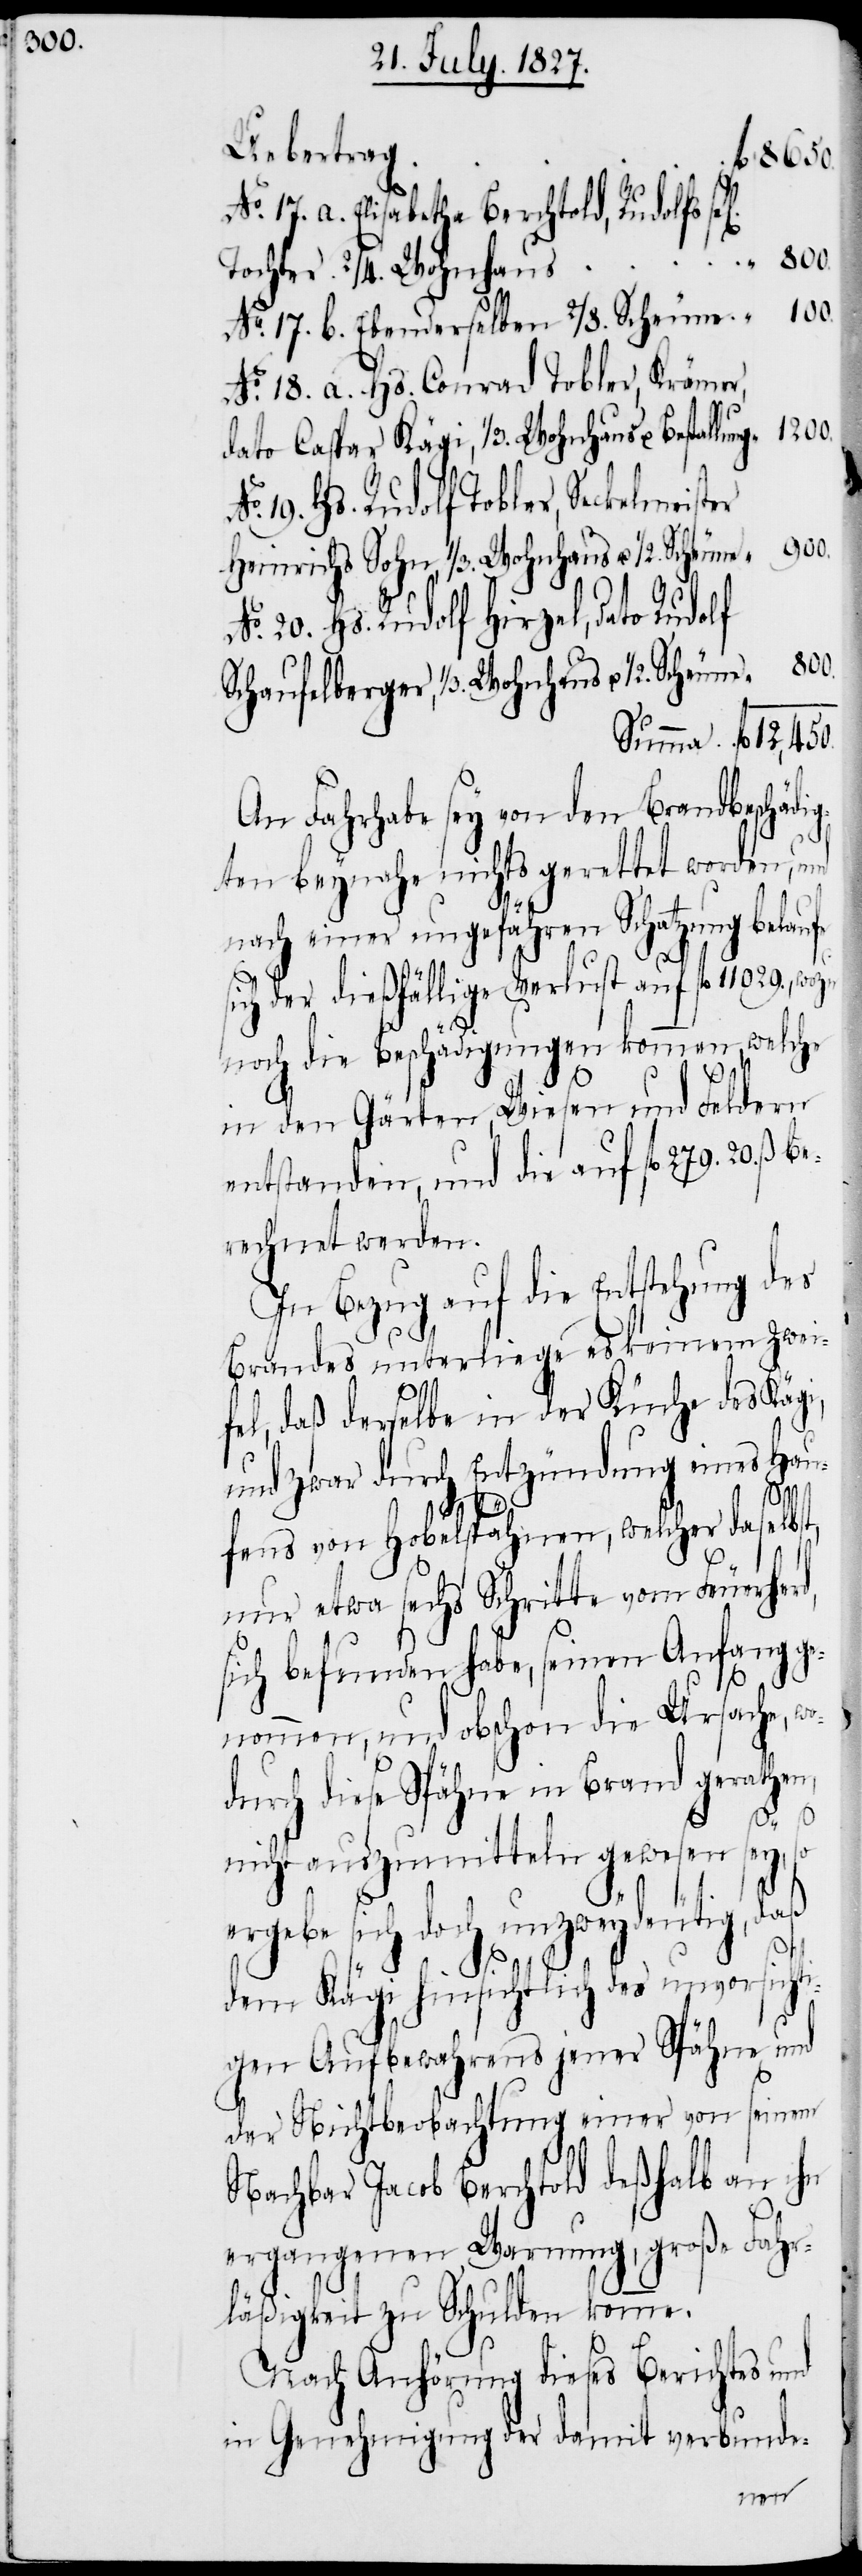
800.

No. 17. a. Elisabetha Berchtold, Rudolfs
Tochter. 2/4. Wohnhaus
No. 17. b. Ebenderselben 2/8. Scheune				“
No. 18. a. Hs. Conrad Tobler, Krämer,
dato Caspar Kägi, 1/3. Wohnhaus u. Bestallung.
19. Hs. Rudolf Tobler, Seckelmeist¬
Heinrichs Sohn, 1/3. Wohnhaus u. ½.
No. 20. Hs. Rudolf Hirzel, dato Rudolf
Schaufelberger, 1/3. Wohnhaus u. ½.
An Fahrhabe sey von den Brandbeschädi¬
gten beynahe nichts gerettet worden, und
nach einer ungefähren Schatzung belaufe
ich der dießfällige Verlust auf fl. 11029.,
noch die Beschädigungen kommen, welche
in den Gärten, Wiesen und Feldern
entstanden, und die auf fl. 279. 20.
rechnet werden.
In Bezug auf die Entstehung des
Brandes unterliege es keinem Zwei¬
fel, daß derselbe in der Küche des Käg¬
und zwar durch Entzündung eines Hau¬
12,450.
ß. be¬
fens von Hobelspähnen, welcher daselbst,
nur etwa sechs Schritte vom Feuerhe¬
sich befunden habe, seinen Anfang ge¬
nommen, und obschon die Ursache, wo¬
durch diese Spähne in Brand gerathen,
nicht auszumitteln gewesen sey,
ergebe sich doch unzweydeutig, daß
i,
dem Kägi hinsichtlich des unvorsichti¬
gen Aufbewahrens jener Spähne und
der Nichtbeobachtung einer von seinem
Nachbar Jacob Berchtolf deßhalb an ihn
ergangenen Warnung, große Fahr¬
läßigkeit zu Schulden komme.
rd,
Nach Anhörung dieses Berichtes und
in Genehmigung der damit verbunde-